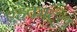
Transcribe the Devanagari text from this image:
एहेकाट्ल